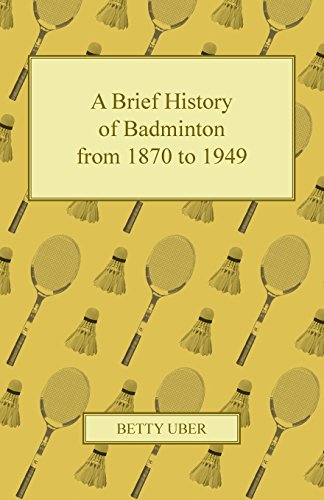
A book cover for A Brief History of Badminton from 1870 to 1949; Betty Uber; Sports & Outdoors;